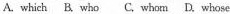
A. which B. who C. whom D. whose